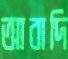
আবাদি